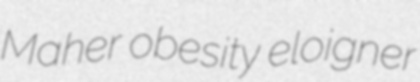
Maher obesity eloigner